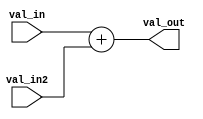
`timescale 1ns / 1ps
//////////////////////////////////////////////////////////////////////////////////
// Company: 
// Engineer: 
// 
// Design Name: 
// Module Name: adder
// Project Name: 
// Target Devices: 
// Tool Versions: 
// Description: 
// 
// Dependencies: 
// 
// Revision:
// Revision 0.01 - File Created
// Additional Comments:
// 
//////////////////////////////////////////////////////////////////////////////////


module adder (
    input [31:0] val_in,
    input [31:0] val_in2,
    output reg [31:0] val_out
);

    always @* begin
        val_out = val_in + val_in2;
    end

endmodule